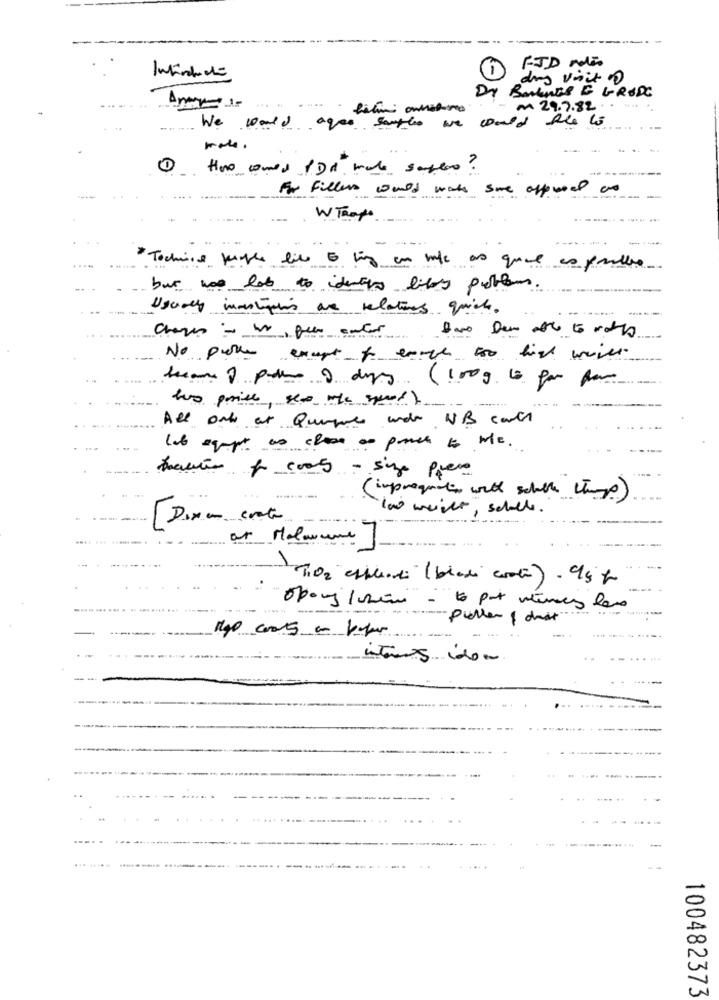
FJD Mio
das voit 0
Dr Balmes E GRODE
M 29.7.82 . .
We would agee sontles we would the lo
male .
Hoe comes PDd make sapere?
For Fillers would wate some offood as
W Troppo
" Tochine people file E biz en male as quel es pueblo
but was lab to identify lity problem
-------
Usually inmotion are relations quick.
No pollen except for earth to his wife
became ? pour 3 dias (100g. to por por
has prise, see the speed )
All only at Quepure with WB card
lot agust as close on poch to Me.
tacite for costs - size press
( improgratin with schule them)
too weiter , scholle.
L
ar Malowane
Tion esplici ( bladi costi) . c/5 g
oborg /min- to put winky lave
puller & dust"
internos ido.
100482373